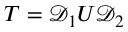
T = \mathcal { D } _ { 1 } U \mathcal { D } _ { 2 }